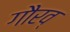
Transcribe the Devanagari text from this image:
गौरव्